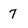
Character: 7